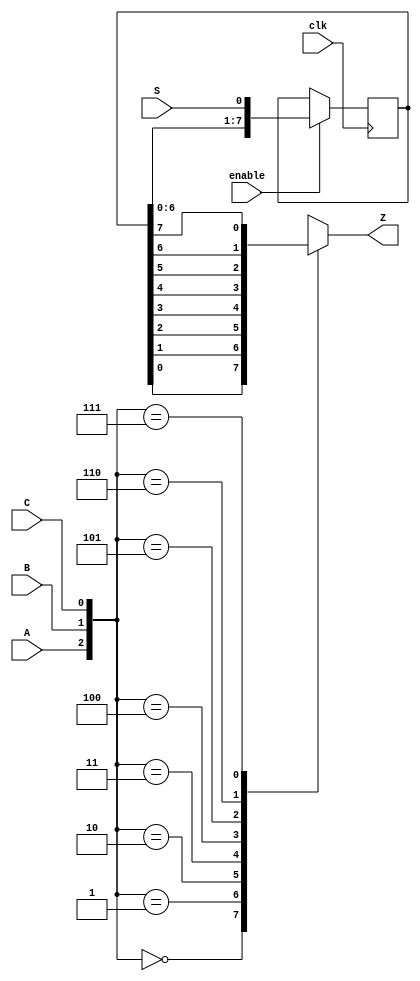
module top_module (
    input clk,
    input enable,
    input S,
    input A, B, C,
    output Z ); 

	reg[7:0] q;

	always @(posedge clk) begin
		if(enable)
			q <= {q[6:0], S};	
		else 
      q <= q;
	end

	always @(*) begin
	case({A, B, C})
		3'b000 : Z = q[0];
		3'b001 : Z = q[1];
		3'b010 : Z = q[2];
		3'b011 : Z = q[3];
		3'b100 : Z = q[4];
		3'b101 : Z = q[5];
		3'b110 : Z = q[6];
		3'b111 : Z = q[7];
	endcase
	end
  
endmodule